Indian journal of veterinary science and animal husbandry - Volume 11,
Year: 1941
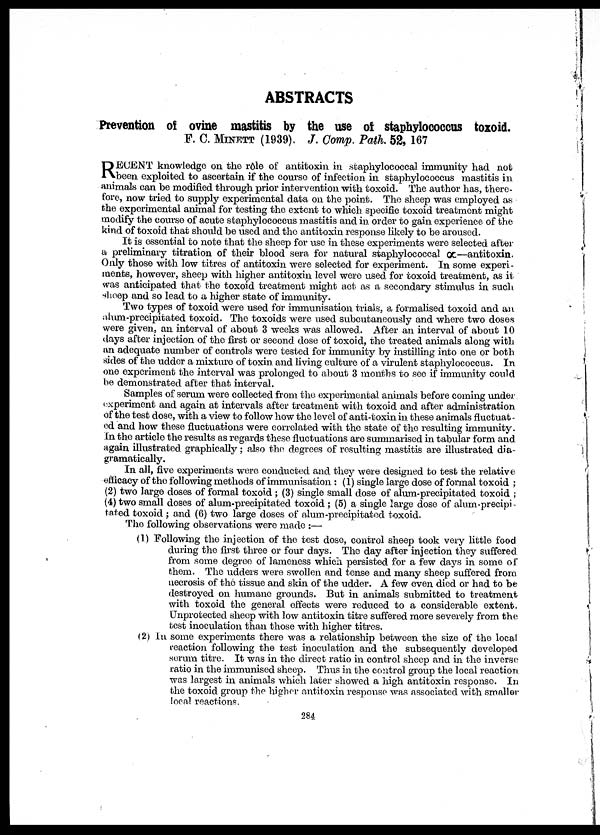
ABSTRACTS
Prevention of ovine mastitis by the use of staphylococcus toxoid.
F. C. MINETT (1939). J. Comp. Path. 52, 167
R ECENT knowledge on the rôle of antitoxin in staphylococcal immunity had not
been exploited to ascertain if the course of infection in staphylococcus mastitis in
animals can be modified through prior intervention with toxoid. The author has, there-
fore, now tried to supply experimental data on the point. The sheep was employed as
the experimental animal for testing the extent to which specific toxoid treatment might
modify the course of acute staphylococcus mastitis and in order to gain experience of the
kind of toxoid that should be used and the antitoxin response likely to be aroused.
It is essential to note that the sheep for use in these experiments were selected after
a preliminary titration of their blood sera for natural staphylococcal α—antitoxin.
Only those with low titres of antitoxin were selected for experiment. In some experi
ments, however, sheep with higher antitoxin level were used for toxoid treatment, as it
was anticipated that the toxoid treatment might act as a secondary stimulus in such
sheep and so lead to a higher state of immunity.
Two types of toxoid were used for immunisation trials, a formalised toxoid and an
alum-precipitated toxoid. The toxoids were used subcutaneously and where two doses
were given, an interval of about 3 weeks was allowed. After an interval of about 10
days after injection of the first or second dose of toxoid, the treated animals along with
an adequate number of controls were tested for immunity by instilling into one or both
sides of the udder a mixture of toxin and living culture of a virulent staphylococcus. In
one experiment the interval was prolonged to about 3 months to see if immunity could
be demonstrated after that interval.
Samples of serum were collected from the experimental animals before coming under
experiment and again at intervals after treatment with toxoid and after administration
of the test dose, with a view to follow how the level of anti-toxin in these animals fluctuat
ed and how these fluctuations were correlated with the state of the resulting immunity.
In the article the results as regards these fluctuations are summarised in tabular form and
again illustrated graphically; also the degrees of resulting mastitis are illustrated dia¬
gramatically.
In all, five experiments were conducted and they were designed to test the relative
efficacy of the following methods of immunisation: (1) single large dose of formal toxoid ;
(2) two large doses of formal toxoid ; (3) single small dose of alum-precipitated toxoid ;
(4) two small doses of alum-precipitated toxoid ; (5) a single large dose of alum-precipi
tated toxoid; and (6) two large doses of alum-precipitated toxoid.
The following observations were made :—
(1) Following the injection of the test dose, control sheep took very little food
during the first three or four days. The day after injection they suffered
from some degree of lameness which persisted for a few days in some of
them. The udders were swollen and tense and many sheep suffered from
necrosis of the tissue and skin of the udder. A few even died or had to be
destroyed on humane grounds. But in animals submitted to treatment
with toxoid the general effects were reduced to a considerable extent.
Unprotected sheep with low antitoxin titre suffered more severely from the
test inoculation than those with higher titres.
(2) In some experiments there was a relationship between the size of the local
reaction following the test inoculation and the subsequently developed
serum titre. It was in the direct ratio in control sheep and in the inverse
ratio in the immunised sheep. Thus in the control group the local reaction
was largest in animals which later showed a high antitoxin response. In
the toxoid group the higher antitoxin response was associated with smaller
local reactions.
284